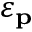
\varepsilon _ { \mathbf { p } }